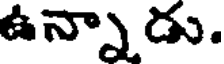
ఉన్నాడు.